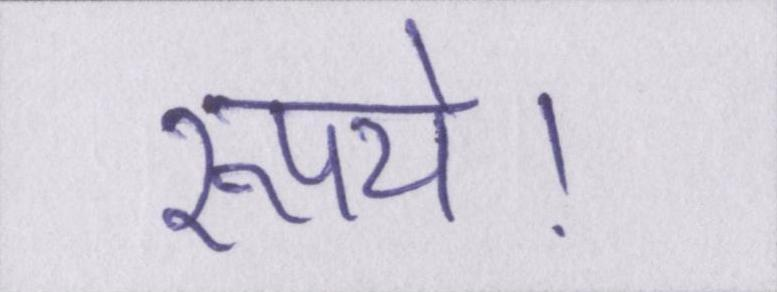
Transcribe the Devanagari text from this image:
रूपये।